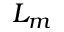
L _ { m }